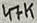
Text: 47K